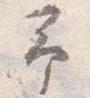
予